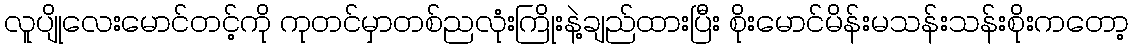
လူပျိုလေးမောင်တင့်ကို ကုတင်မှာတစ်ညလုံးကြိုးနဲ့ချည်ထားပြီး စိုးမောင်မိန်းမသန်းသန်းစိုးကတော့